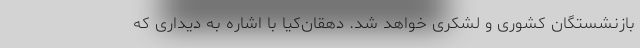
بازنشستگان کشوری و لشکری خواهد شد. دهقان‌کیا با اشاره به دیداری که